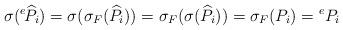
LaTeX: \begin{align*}\sigma({}^{e\!}\widehat{P_i})=\sigma(\sigma_F(\widehat{P}_i))=\sigma_F(\sigma(\widehat{P}_i))=\sigma_F(P_i)={}^e P_i\end{align*}